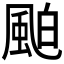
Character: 𩗀